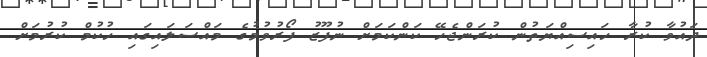
ދައުވާ ކުރާ ހައިސިއްޔަތުން ކުރަންޖެހޭ ކަންކަމަށް ނުފޫޒު ފޯރުވުމުގެ މައްސަލައިގައި ހުކުމް ކުރުމަށް